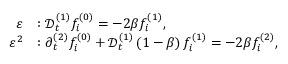
\begin{array} { r l } { \varepsilon } & { : \mathcal { D } _ { t } ^ { ( 1 ) } f _ { i } ^ { ( 0 ) } = - 2 \beta f _ { i } ^ { ( 1 ) } , } \\ { \varepsilon ^ { 2 } } & { : \partial _ { t } ^ { ( 2 ) } f _ { i } ^ { ( 0 ) } + \mathcal { D } _ { t } ^ { ( 1 ) } \left( 1 - \beta \right) f _ { i } ^ { ( 1 ) } = - 2 \beta f _ { i } ^ { ( 2 ) } , } \end{array}